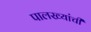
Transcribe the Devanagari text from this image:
पालख्यांची